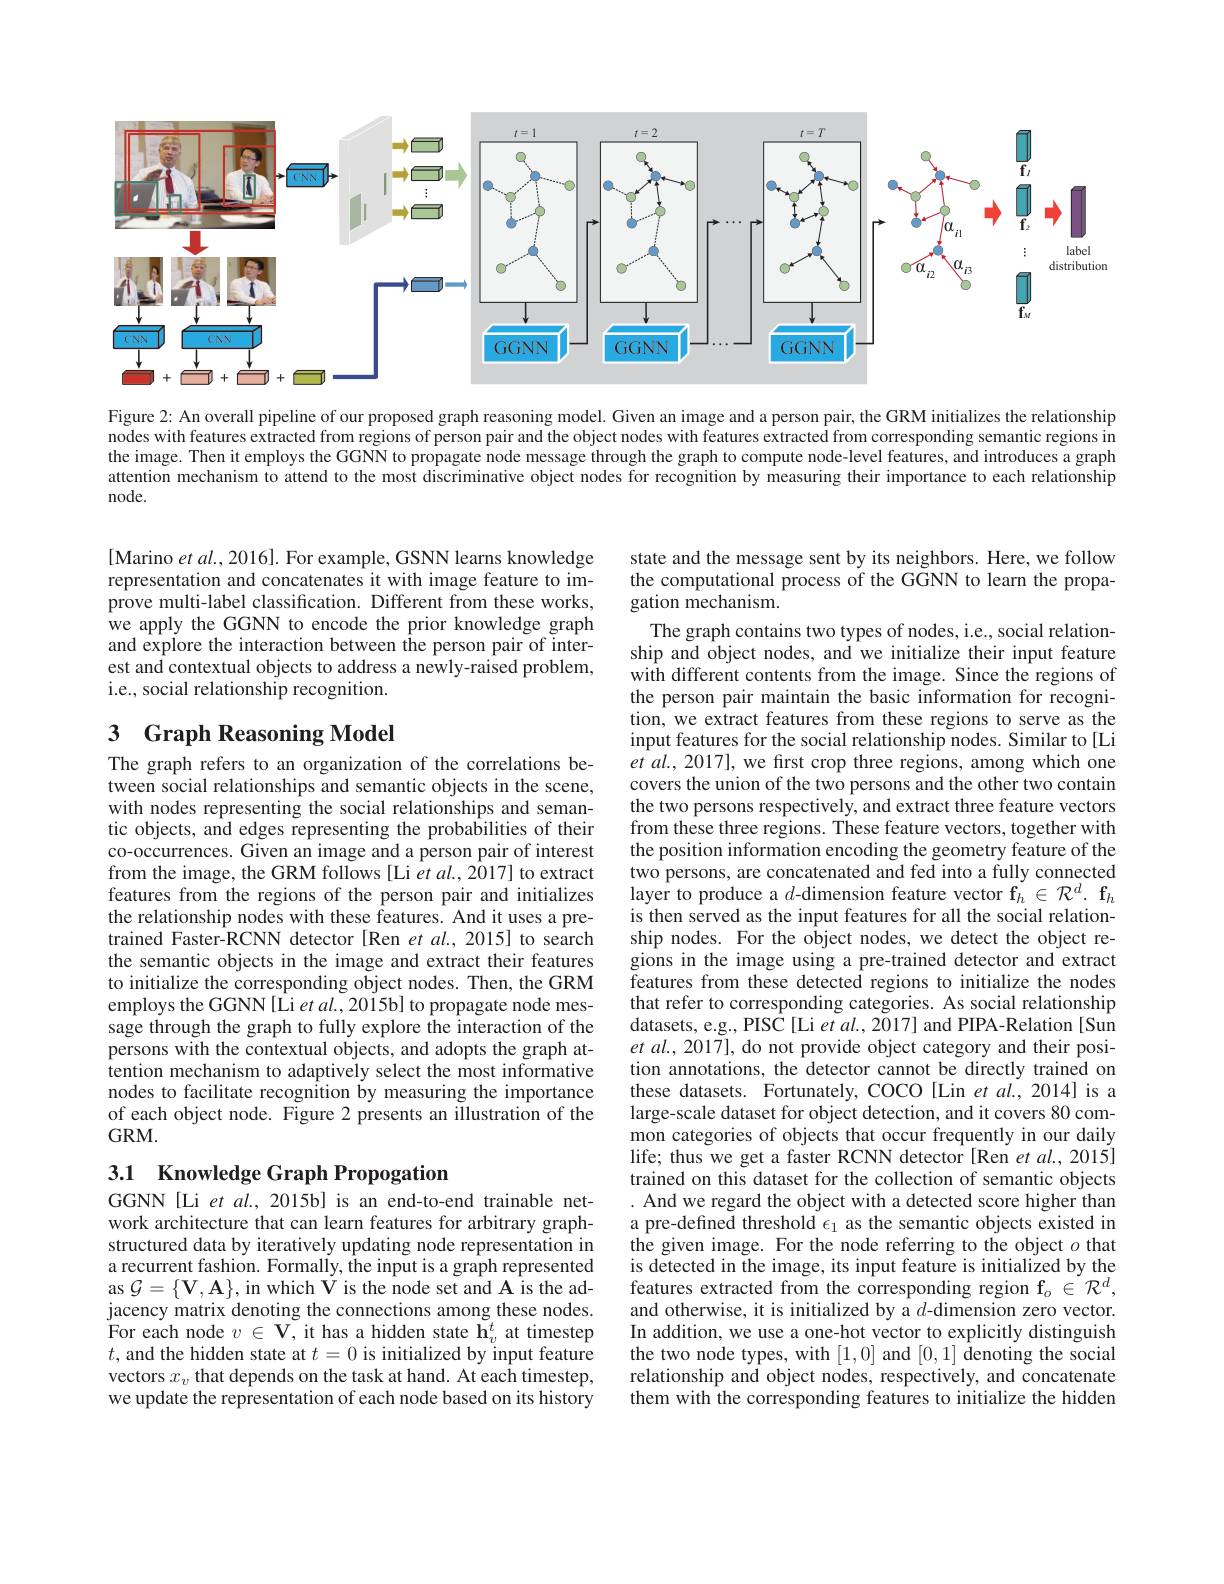
<FigureHere>

Figure 2: An overall pipeline of our proposed graph reasoning model. Given an image and a person pair, the GRM initializes the relationship nodes with features extracted from regions of person pair and the object nodes with features extracted from corresponding semantic regions in the image. Then it employs the GGNN to propagate node message through the graph to compute node-level features, and introduces a graph attention mechanism to attend to the most discriminative object nodes for recognition by measuring their importance to each relationship node.

[Marino et al., 2016]. For example, GSNN learns knowledge representation and concatenates it with image feature to improve multi-label classification. Different from these works, we apply the GGNN to encode the prior knowledge graph and explore the interaction between the person pair of interest and contextual objects to address a newly-raised problem, i.e., social relationship recognition.

## 3 Graph Reasoning Model

The graph refers to an organization of the correlations between social relationships and semantic objects in the scene, with nodes representing the social relationships and semantic objects, and edges representing the probabilities of their co-occurrences. Given an image and a person pair of interest from the image, the GRM follows [Li et al., 2017] to extract features from the regions of the person pair and initializes the relationship nodes with these features. And it uses a pretrained Faster-RCNN detector [Ren et al.,2015] to search the semantic objects in the image and extract their features to initialize the corresponding object nodes. Then, the GRM employs the GGNN[Li et al., 2015b] to propagate node message through the graph to fully explore the interaction of the persons with the contextual objects, and adopts the graph attention mechanism to adaptively select the most informative nodes to facilitate recognition by measuring the importance of each object node. Figure 2 presents an illustration of the $GRM.$

### 3.1 Knowledge Graph Propogation

GGNN [Li et al., 2015b] is an end-to-end trainable network architecture that can learn features for arbitrary graphstructured data by iteratively updating node representation in a recurrent fashion. Formally, the input is a graph represented as $\mathcal{G}=\{\mathbf{V},\mathbf{A}\}$,in which V is the node set and A is the adjacency matrix denoting the connections among these nodes. For each node $v\in\mathbf{V}$, it has a hidden state $\mathbf{h}_v^t$ at timestep $t$, and the hidden state at $t=0$ is initialized by input feature vectors $x_v$ that depends on the task at hand. At each timestep, we update the representation of each node based on its history

state and the message sent by its neighbors. Here, we follow the computational process of the GGNN to learn the propagation mechanism.
The graph contains two types of nodes, i.e., social relation-

ship and object nodes, and we initialize their input feature with different contents from the image. Since the regions of the person pair maintain the basic information for recognition, we extract features from these regions to serve as the input features for the social relationship nodes. Similar to[Li $etal.,2017]$, we first crop three regions, among which one covers the union of the two persons and the other two contain the two persons respectively, and extract three feature vectors from these three regions. These feature vectors, together with the position information encoding the geometry feature of the two persons, are concatenated and fed into a fully connected layer to produce a $d$-dimension feature vector $\mathbf{f}_h\in\mathcal{R}^d.\mathbf{f}_h$ is then served as the input features for all the social relationship nodes. For the object nodes, we detect the object regions in the image using a pre-trained detector and extract features from these detected regions to initialize the nodes that refer to corresponding categories. As social relationship datasets, e.g., PISC [Li et al., 2017] and PIPA-Relation [Sun et al., 2017], do not provide object category and their position annotations, the detector cannot be directly trained on these datasets. Fortunately, COCO [Lin et al.,2014] is a large-scale dataset for object detection, and it covers 80 common categories of objects that occur frequently in our daily life; thus we get a faster RCNN detector [Ren et al., 2015] trained on this dataset for the collection of semantic objects . And we regard the object with a detected score higher than a pre-defined threshold $\epsilon_1$ as the semantic objects existed in the given image. For the node referring to the object $o$ that is detected in the image, its input feature is initialized by the features extracted from the corresponding region $\mathrm{f}_o\in\mathcal{R}^d$, and otherwise, it is initialized by a $d$-dimension zero vector. In addition, we use a one-hot vector to explicitly distinguish the two node types, with [1,0] and [0,1] denoting the social relationship and object nodes, respectively, and concatenate them with the corresponding features to initialize the hidden